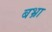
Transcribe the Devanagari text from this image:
बभ्रा